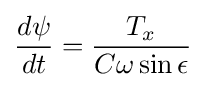
{\frac {d\psi }{dt}}={\frac {T_{x}}{C\omega \sin \epsilon }}